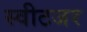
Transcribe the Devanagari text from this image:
स्वीटजर